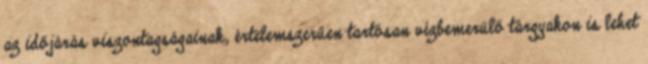
az időjárás viszontagságainak, értelemszerűen tartósan vízbemerülő tárgyakon is lehet